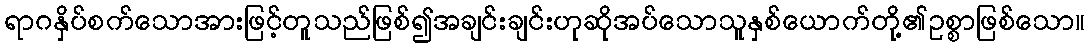
ရာဂနှိပ်စက်သောအားဖြင့်တူသည်ဖြစ်၍အချင်းချင်းဟုဆိုအပ်သောသူနှစ်ယောက်တို့၏ဥစ္စာဖြစ်သော။